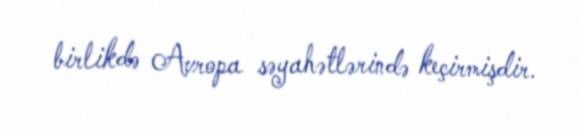
birlikdə Avropa səyahətlərində keçirmişdir.